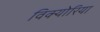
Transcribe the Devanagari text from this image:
विक्योरिया